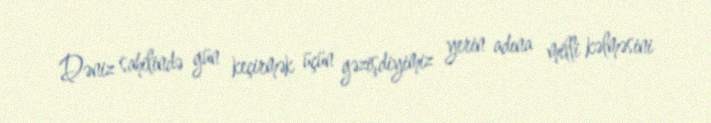
Dəniz sahilində gün keçirmək üçün gəzişdiyimiz yerin adına milli kəlməsini